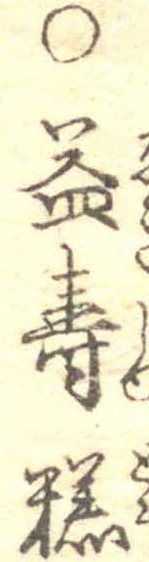
○益寿糕